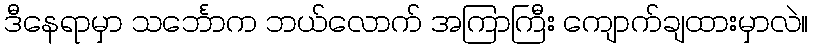
ဒီနေရာမှာ သင်္ဘောက ဘယ်လောက် အကြာကြီး ကျောက်ချထားမှာလဲ။